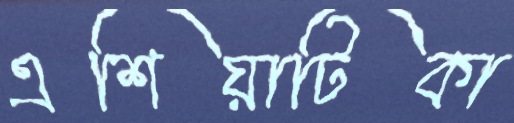
এশিয়াটিকা